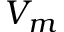
V _ { m }